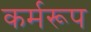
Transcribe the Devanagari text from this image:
कर्मरूप